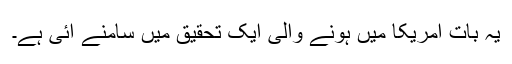
یہ بات امریکا میں ہونے والی ایک تحقیق میں سامنے آئی ہے۔